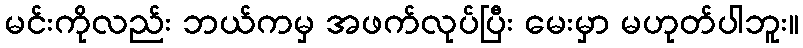
မင်းကိုလည်း ဘယ်ကမှ အဖက်လုပ်ပြီး မေးမှာ မဟုတ်ပါဘူး။